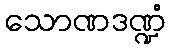
သောဏဒဏ္ဍံ